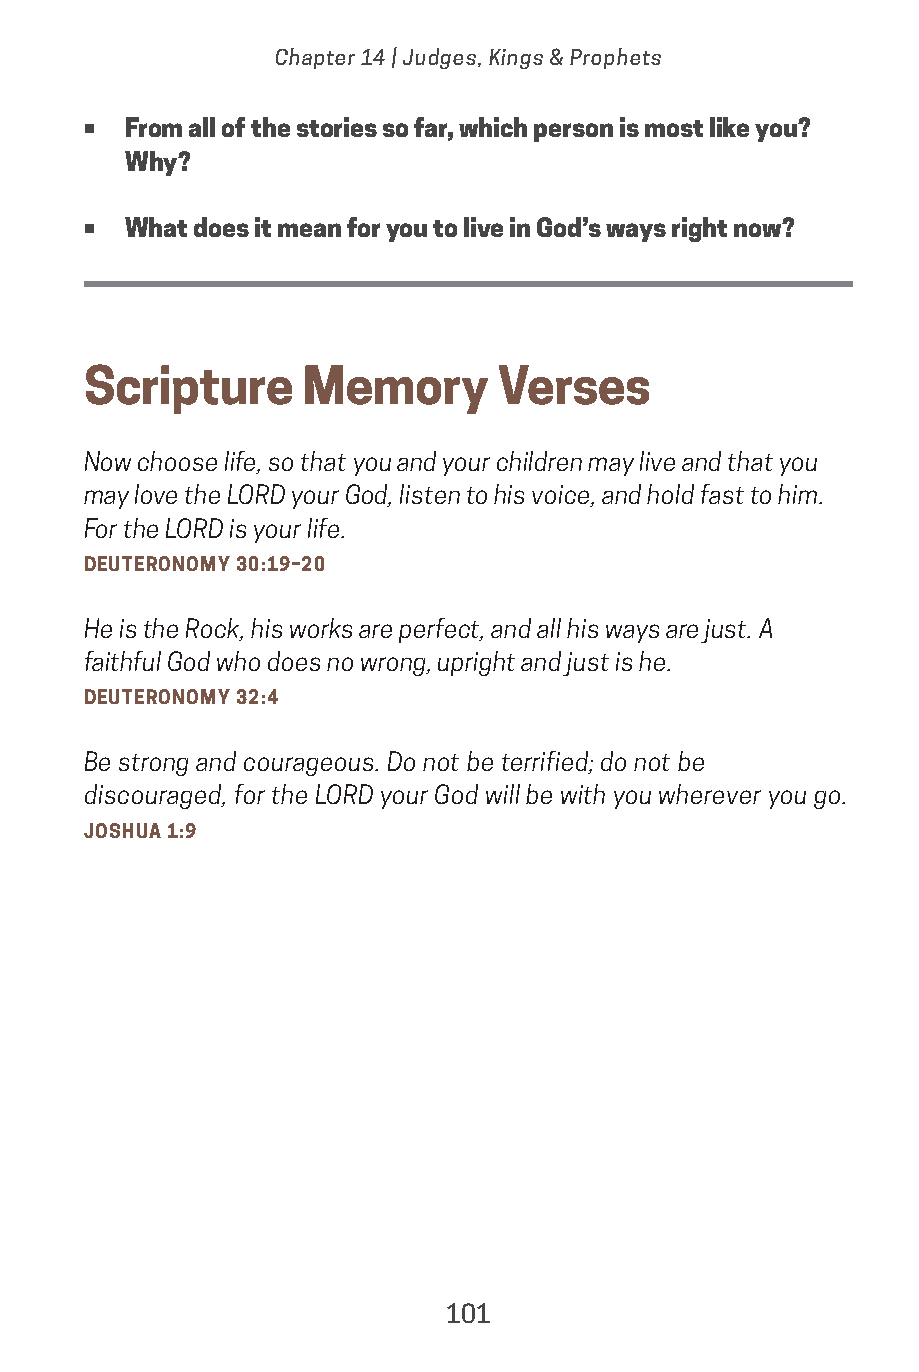
Chapter 14 | Judges, Kings & Prophets
 •  From all of the stories so far, which person is most like you?
 Why?
 •  What does it mean for you to live in God’s ways right now?
 Scripture      Memory      Verses
 Now choose life, so that you and your children may live and that you
 may love the LORD your God, listen to his voice, and hold fast to him.
 For the LORD is your life.
 DEUTERONOMY 30:19–20
 He is the Rock, his works are perfect, and all his ways are just. A
 faithful God who does no wrong, upright and just is he.
 DEUTERONOMY 32:4
 Be strong and courageous. Do not be terrified; do not be
 discouraged, for the LORD your God will be with you wherever you go.
 JOSHUA 1:9
 101
 saturate-story_of_god_kids-2.indd 101             8/10/17 10:11 PM